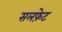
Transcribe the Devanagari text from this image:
सलफ़ेट